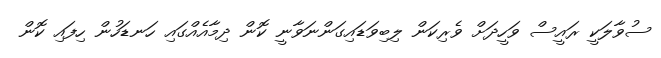
ސުވާލަކީ ރައީސް ވަހީދަށް ވެރިކަން ލިބިވަޑައިގަންނަވާނީ ކޮން ދިމާއެއްގައި ހަނޑަހުން ހިފައި ކޮން